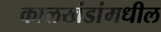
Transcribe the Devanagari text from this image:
कालखंडांमधील